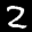
Label: 2